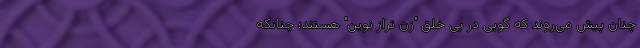
چنان پیش می‌روند که گویی در پی خلق "زن تراز نوین‌" هستند؛ چنانکه